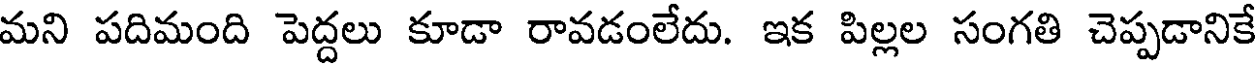
మని పదిమంది పెద్దలు కూడా రావడంలేదు. ఇక పిల్లల సంగతి చెప్పడానికే